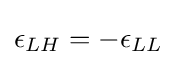
\epsilon _{LH}=-\epsilon _{LL}